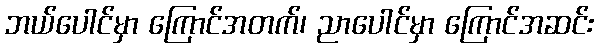
ဘယ်ပေါင်မှာ ကြောင်အတက်၊ ညာပေါင်မှာ ကြောင်အဆင်း